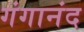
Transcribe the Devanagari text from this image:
गंगानंद